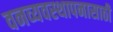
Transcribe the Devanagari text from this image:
वनव्यवस्थापनासाठी